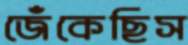
জেঁকেছিস